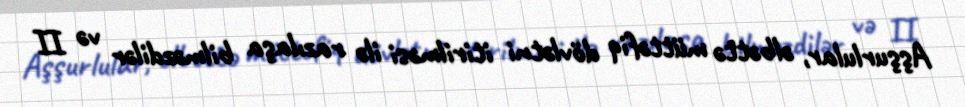
Aşşurlular, əlbəttə müttəfiq dövlətni itirilməsi ilə razılaşa bilməzdilər və II